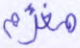
مغرم